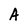
Character: A